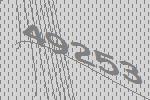
49253